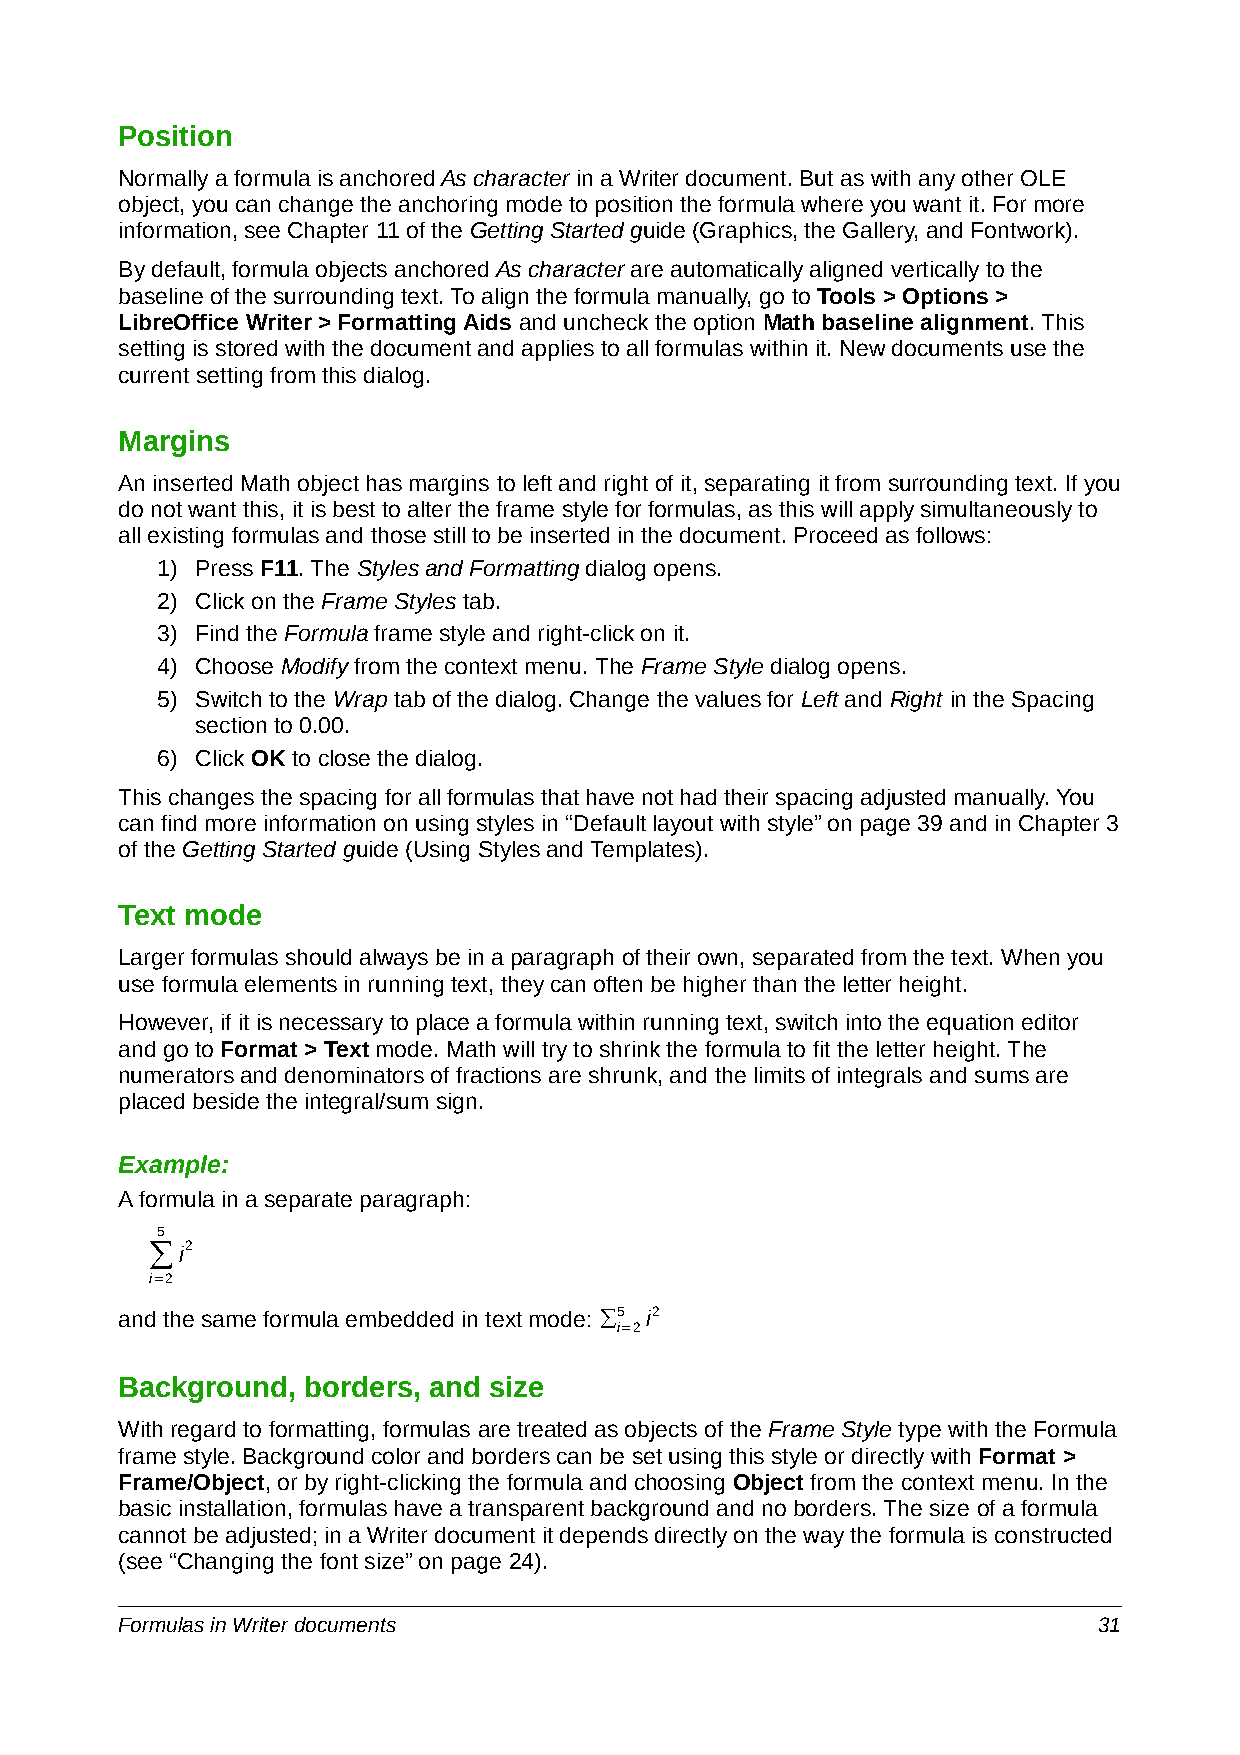
Position
 Normally a formula is anchored As character in a Writer document. But as with any other OLE
 object, you can change the anchoring mode to position the formula where you want it. For more
 information, see Chapter 11 of the Getting Started guide (Graphics, the Gallery, and Fontwork).
 By default, formula objects anchored As character are automatically aligned vertically to the
 baseline of the surrounding text. To align the formula manually, go to Tools > Options >
 LibreOffice Writer > Formatting Aids and uncheck the option Math baseline alignment. This
 setting is stored with the document and applies to all formulas within it. New documents use the
 current setting from this dialog.
 Margins
 An inserted Math object has margins to left and right of it, separating it from surrounding text. If you
 do not want this, it is best to alter the frame style for formulas, as this will apply simultaneously to
 all existing formulas and those still to be inserted in the document. Proceed as follows:
 1) Press F11. The Styles and Formatting dialog opens.
 2) Click on the Frame Styles tab.
 3) Find the Formula frame style and right-click on it.
 4) Choose Modify from the context menu. The Frame Style dialog opens.
 5) Switch to the Wrap tab of the dialog. Change the values for Left and Right in the Spacing
 section to 0.00.
 6) Click OK to close the dialog.
 This changes the spacing for all formulas that have not had their spacing adjusted manually. You
 can find more information on using styles in “Default layout with style” on page 39 and in Chapter 3
 of the Getting Started guide (Using Styles and Templates).
 Text mode
 Larger formulas should always be in a paragraph of their own, separated from the text. When you
 use formula elements in running text, they can often be higher than the letter height.
 However, if it is necessary to place a formula within running text, switch into the equation editor
 and go to Format > Text mode. Math will try to shrink the formula to fit the letter height. The
 numerators and denominators of fractions are shrunk, and the limits of integrals and sums are
 placed beside the integral/sum sign.
 Example:
 A formula in a separate paragraph:
 5
 ∑i2
 i=2
 and the same formula embedded in text mode: ∑5 i2
 i=2
 Background, borders, and size
 With regard to formatting, formulas are treated as objects of the Frame Style type with the Formula
 frame style. Background color and borders can be set using this style or directly with Format >
 Frame/Object, or by right-clicking the formula and choosing Object from the context menu. In the
 basic installation, formulas have a transparent background and no borders. The size of a formula
 cannot be adjusted; in a Writer document it depends directly on the way the formula is constructed
 (see “Changing the font size” on page 24).
 Formulas in Writer documents                                     31